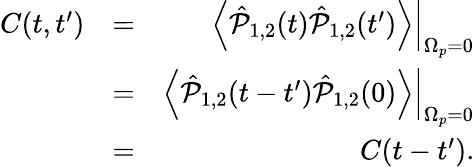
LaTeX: \begin{array}{rlr}{C(t,t^{\prime})}&{=}&{\left.\left<\hat{\mathcal P}_{1,2}(t)\hat{\mathcal P}_{1,2}(t^{\prime})\right>\right|_{\Omega_{p}=0}}\\ &{=}&{\left.\left<\hat{\mathcal P}_{1,2}(t-t^{\prime})\hat{\mathcal P}_{1,2}(0)\right>\right|_{\Omega_{p}=0}}\\ &{=}&{C(t-t^{\prime}).}\end{array}